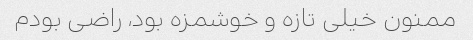
ممنون خیلی تازه و خوشمزه بود، راضی بودم